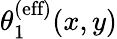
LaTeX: \theta_{1}^{\textrm{(eff)}}(x,y)